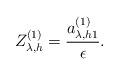
LaTeX: \begin{align*}Z_{\lambda,h}^{(1)}=\frac{a_{\lambda,h 1}^{(1)}}{\epsilon}.\end{align*}